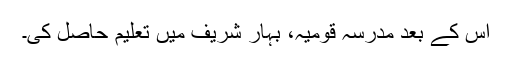
اس کے بعد مدرسہ قومیہ، بہار شریف میں تعلیم حاصل کی۔